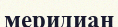
меридиан